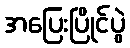
အပြေးပြိုင်ပွဲ